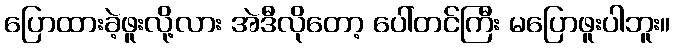
ပြောထားခဲ့ဖူးလို့လား အဲဒီလိုတော့ ပေါ်တင်ကြီး မပြောဖူးပါဘူး။